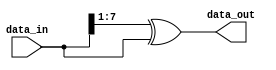
`timescale 1ns / 1ps
//////////////////////////////////////////////////////////////////////////////////
// Company: 
// Engineer: 
// 
// Design Name: 
// Module Name: bin2gray
// Project Name: 
// Target Devices: 
// Tool Versions: 
// Description: 
// 
// Dependencies: 
// 
// Revision:
// Revision 0.01 - File Created
// Additional Comments:
// 
//////////////////////////////////////////////////////////////////////////////////


module bin2gray#(parameter K = 8)(

    input wire [K-1:0] data_in,
    output reg [K-1:0] data_out

    );
    
    always @(*) begin 
        
        data_out =  (data_in >> 1) ^ data_in;
        
    end
endmodule